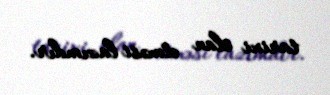
tarixi elan etməsi lazımdır.